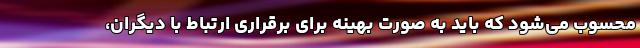
محسوب می‌شود که باید به صورت بهینه برای برقراری ارتباط با دیگران،